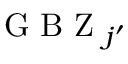
\mathrm { ~ G ~ B ~ Z ~ } _ { j ^ { \prime } }